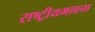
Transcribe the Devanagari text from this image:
राष्ट्रीयभावना